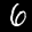
Label: 6